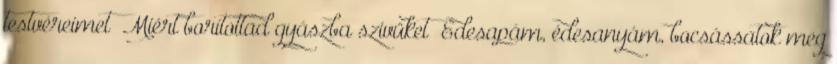
testvéreimet Miért borítottad gyászba szivüket Édesapám, édesanyám, bocsássatok meg